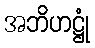
အဘိဟဋ္ဌုံ